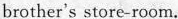
brother's store-room.